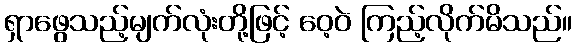
ရှာဖွေသည့်မျက်လုံးတို့ဖြင့် ဝေ့ဝဲ ကြည့်လိုက်မိသည်။